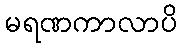
မရဏကာလာပိ